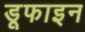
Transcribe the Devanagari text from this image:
डूफाइन